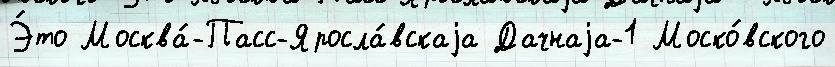
Э́то Москва́-Пасс-Яросла́вскаjа Дачнаjа-1 Моско́вского